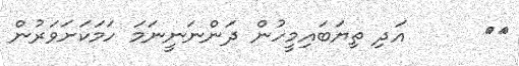
٧٦      އަދި ތިޔަބައިމީހުން ދަންނަނީނަމަ ހަމަކަށަވަރުން